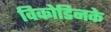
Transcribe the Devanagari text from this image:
विकोडिनके